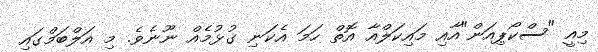
މިއީ "ސްކޯޕިއަން"އާއި މައިކަލްއާ އޮތް ހަމަ އެކަނި ގުޅުމެއް ނޫނެވެ. މި އަލްބަމްގައި